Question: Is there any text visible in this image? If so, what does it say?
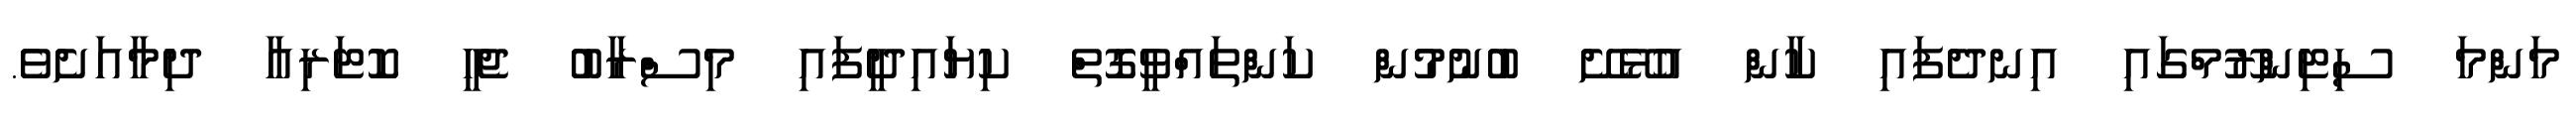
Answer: މަންމަ ސިޓިންރޫމްގައި އިނދެފައި ކާން އުޅޭށޭ ބުނުމުން ކަންތައްވީގޮތް ކިޔައިދީފައި މިސްރާބު ޖެހީ ކޮޓަރިއާ ދިމާއަށެވެ.